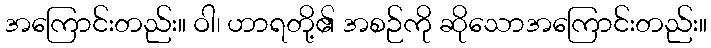
အကြောင်းတည်း။ ဝါ၊ ဟာရတို့၏ အစဉ်ကို ဆိုသောအကြောင်းတည်း။